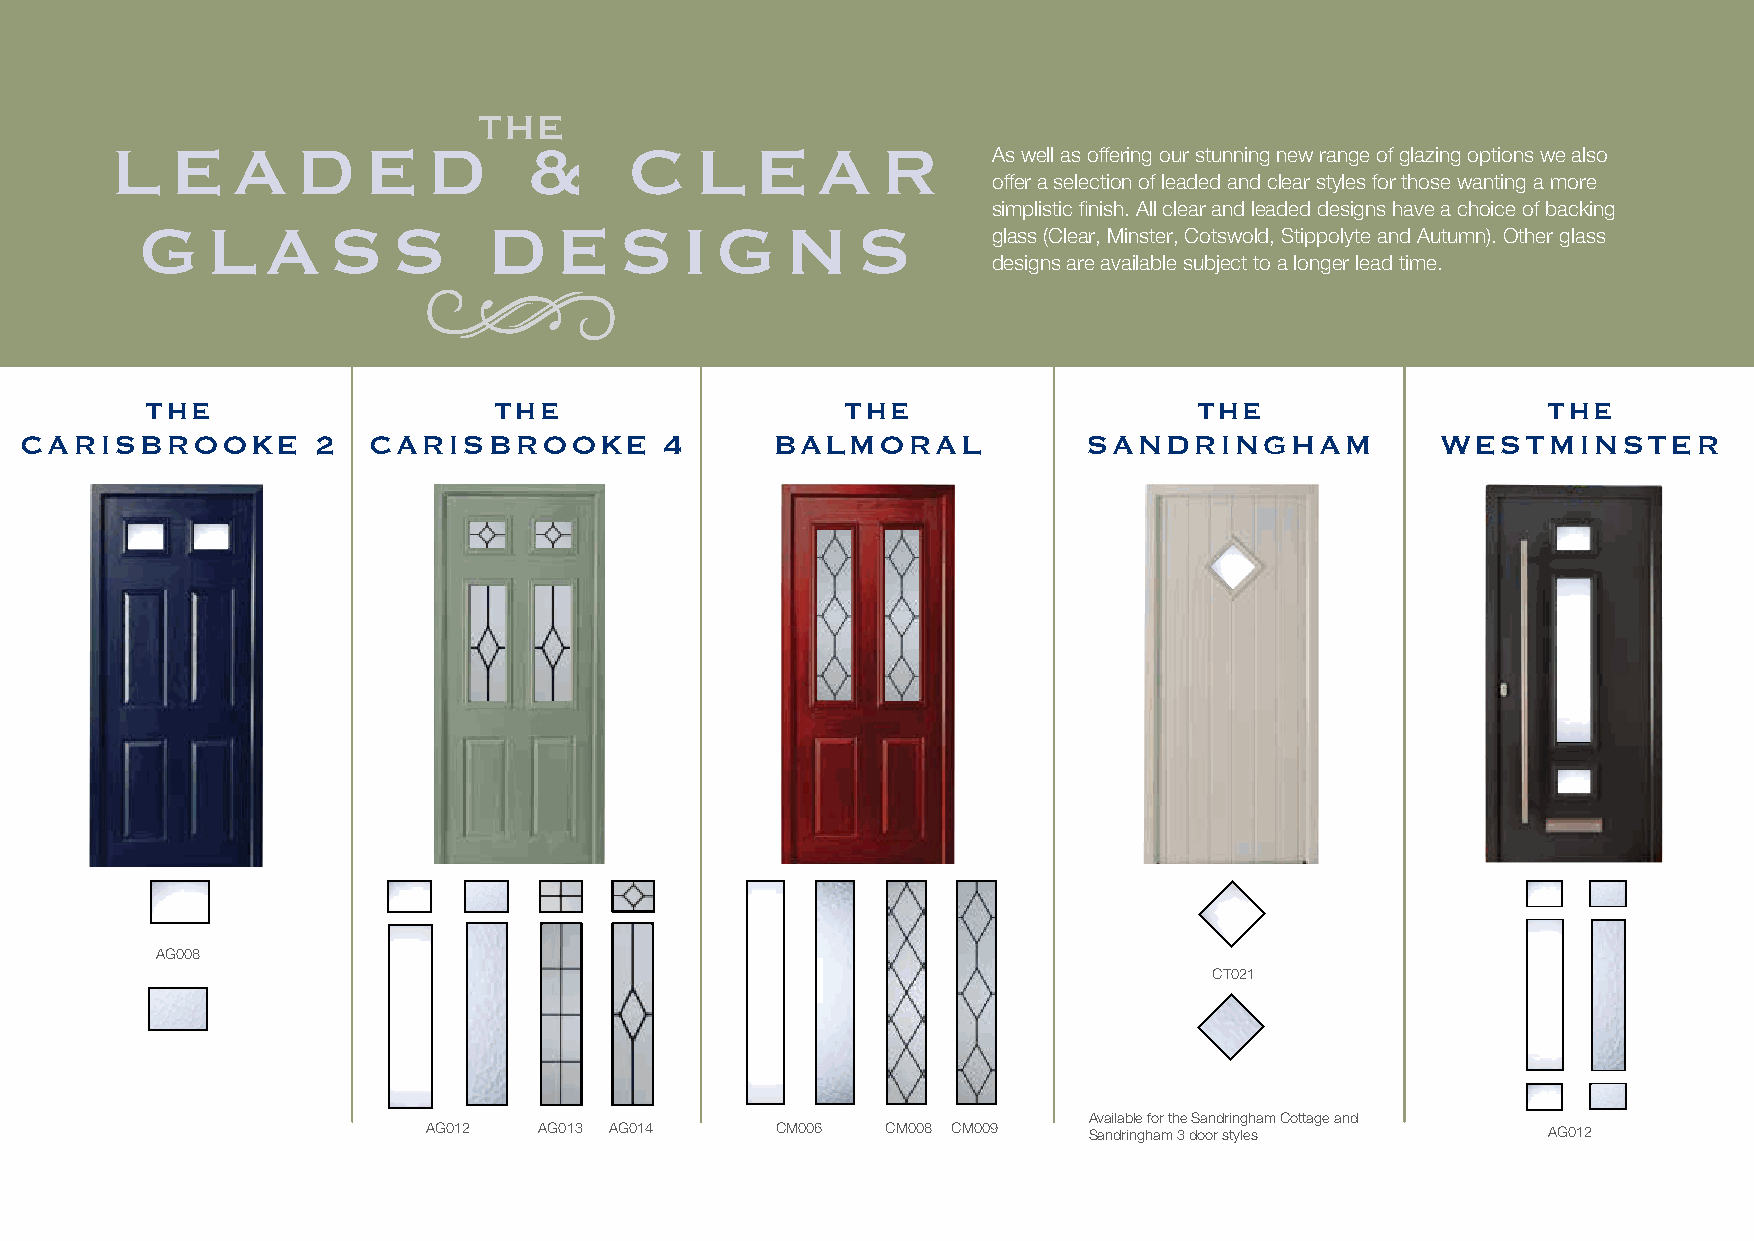
THE
 lEa         dEd           &     clEa           r
 As well as offering our stunning new range of glazing options we also
 offer a selection of leaded and clear styles for those wanting a more
 simplistic finish. All clear and leaded designs have a choice of backing
 Gl      a   s   s      dEs         iGn       s
 glass (Clear, Minster, Cotswold, Stippolyte and Autumn). Other glass
 designs are available subject to a longer lead time.
 THE                    THE                    THE                    THE                    THE
 carisBrookE        2   carisBrookE        4       Balmoral             sandrinGHam            WEsTminsTEr
 AG008
 CT021
 Available for the Sandringham Cottage and
 AG012   AG013 AG014    CM006   CM008 CM009  Sandringham 3 door styles     AG012